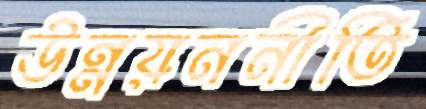
উন্নয়ননীতি